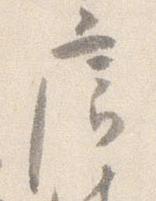
廊